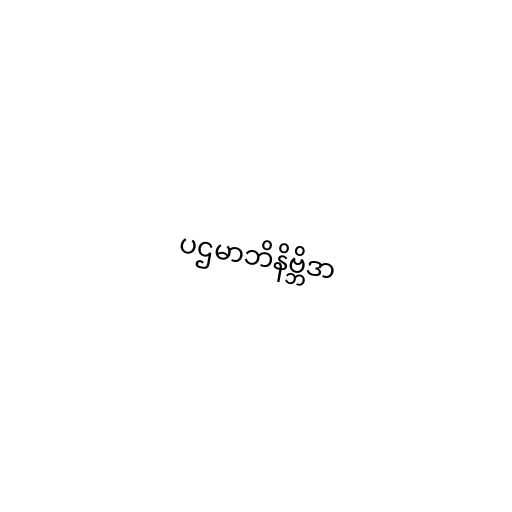
ပဌမာဘိနိဗ္ဘိဒာ